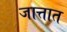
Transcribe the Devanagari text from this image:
जात्तात